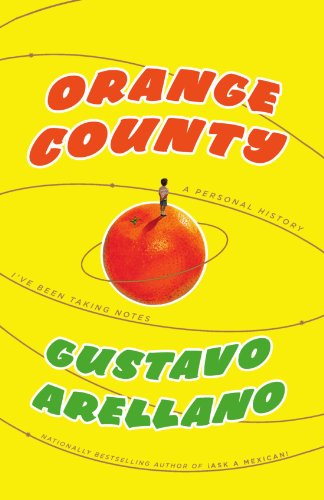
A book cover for Orange County: A Personal History; Gustavo Arellano; Biographies & Memoirs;